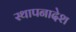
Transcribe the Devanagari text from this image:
स्थापनादेश